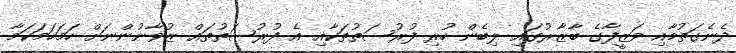
ދެނެގަތުމާއި ވަޒީފާގެ ބާޒާރުގައި ލިބެން ހުރި ފުރުސަތުތަކާއި އެ ފުރުސަތުތައް ޒުވާނުންނަށް ހަމަހަމަކަމާ